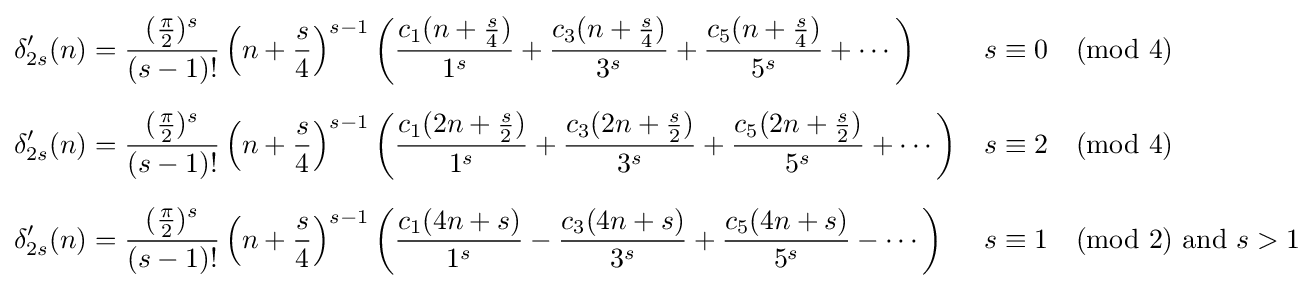
{\begin{aligned}\delta '_{2s}(n)&={\frac {({\frac {\pi }{2}})^{s}}{(s-1)!}}\left(n+{\frac {s}{4}}\right)^{s-1}\left({\frac {c_{1}(n+{\frac {s}{4}})}{1^{s}}}+{\frac {c_{3}(n+{\frac {s}{4}})}{3^{s}}}+{\frac {c_{5}(n+{\frac {s}{4}})}{5^{s}}}+\cdots \right)&&s\equiv 0{\pmod {4}}\\[6pt]\delta '_{2s}(n)&={\frac {({\frac {\pi }{2}})^{s}}{(s-1)!}}\left(n+{\frac {s}{4}}\right)^{s-1}\left({\frac {c_{1}(2n+{\frac {s}{2}})}{1^{s}}}+{\frac {c_{3}(2n+{\frac {s}{2}})}{3^{s}}}+{\frac {c_{5}(2n+{\frac {s}{2}})}{5^{s}}}+\cdots \right)&&s\equiv 2{\pmod {4}}\\[6pt]\delta '_{2s}(n)&={\frac {({\frac {\pi }{2}})^{s}}{(s-1)!}}\left(n+{\frac {s}{4}}\right)^{s-1}\left({\frac {c_{1}(4n+s)}{1^{s}}}-{\frac {c_{3}(4n+s)}{3^{s}}}+{\frac {c_{5}(4n+s)}{5^{s}}}-\cdots \right)&&s\equiv 1{\pmod {2}}{\text{ and }}s>1\end{aligned}}